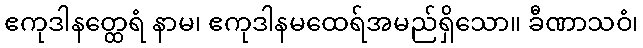
ဧကုဒါနတ္ထေရံ နာမ၊ ဧကုဒါနမထေရ်အမည်ရှိသော။ ခီဏာသဝံ၊